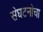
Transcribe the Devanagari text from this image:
स॓घटना॓चा